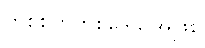
တစ်စိတ်တစ်ဒေသအဖြစ်